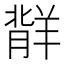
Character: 𬙷